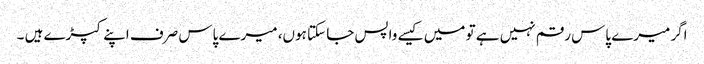
اگر میرے پاس رقم نہیں ہے تو میں کیسے واپس جا سکتا ہوں، میرے پاس صرف اپنے کپڑے ہیں ۔